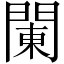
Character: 䦨